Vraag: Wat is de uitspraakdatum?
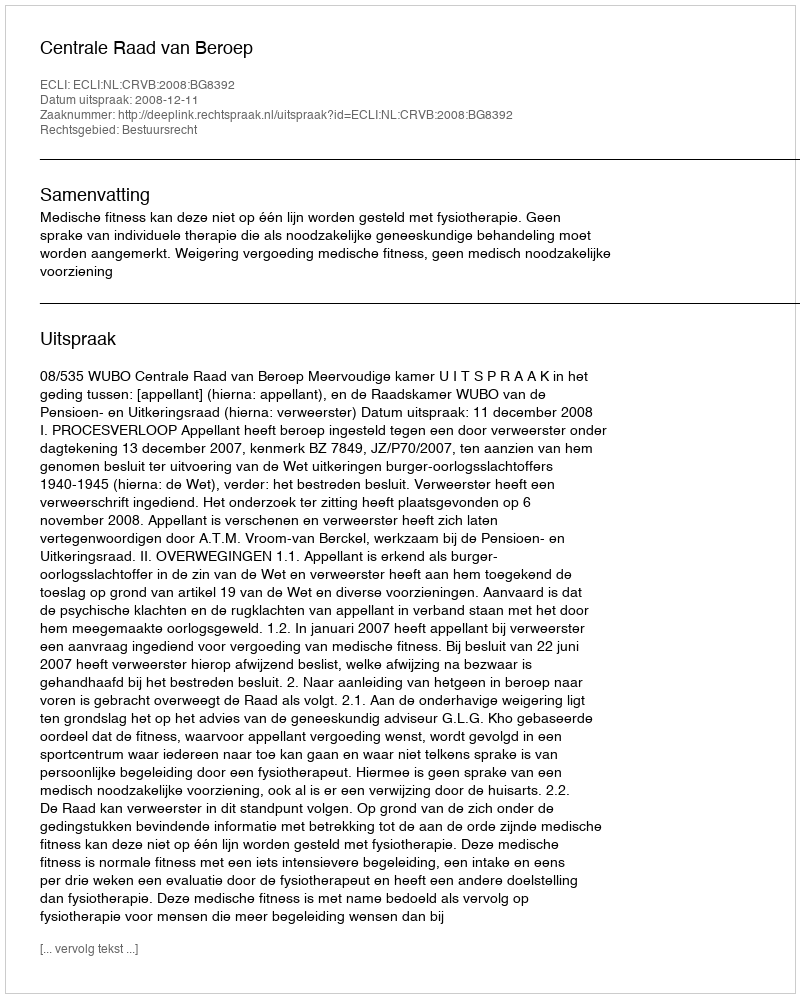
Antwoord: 2008-12-11